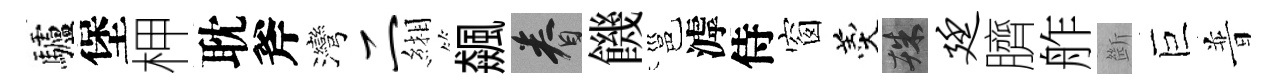
驢堡柙耽斧灣二緗飆眷饑邕滹侍窗羹殊廷臍舴㫁巨普